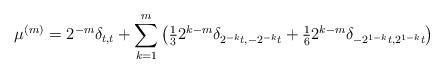
LaTeX: \begin{align*} \mu^{(m)} &= 2^{-m} \delta_{t,t} + \sum_{k=1}^m \big( \tfrac{1}{3} 2^{k-m} \delta_{2^{-k}t,-2^{-k}t}+ \tfrac{1}{6} 2^{k-m} \delta_{-2^{1-k}t,2^{1-k}t} \big) \end{align*}